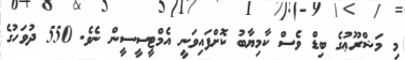
މި މަޝްރޫޢުގެ ބިޑް ވެސް ކާމިޔާބު ކޮށްފައިވަނީ އެމްޓީސީސީން ނެވެ. 550 ދުވަހުގެ